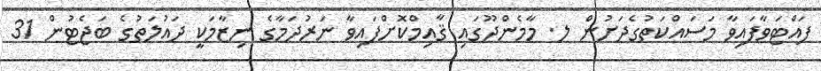
ފައްޓަވާފައިވާ މަސައްކަތުގެދަށުން ލ. މާމެންދޫގައި ޤާއިމްކޮށްފައިވާ ނަރުދަމާގެ ނިޒާމަކީ ދައުލަތުގެ ބަޖެޓުން 31